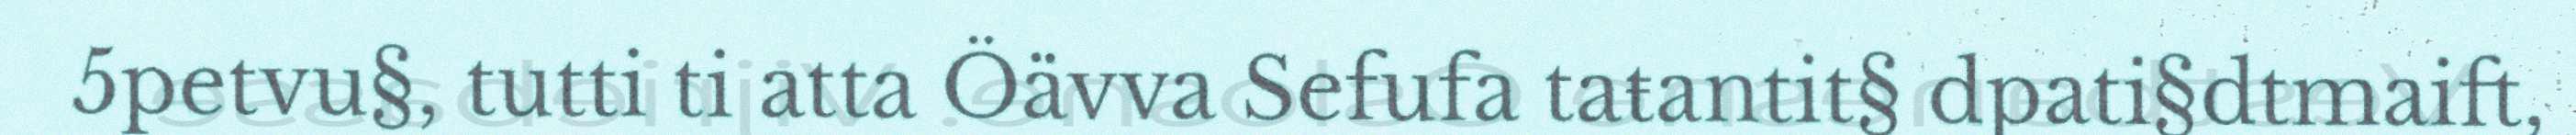
5petvu§, tutti ti atta Öävva Sefufa taŧantit§ dpati§dtmaift,